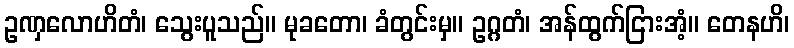
ဥဏှလောဟိတံ၊ သွေးပူသည်။ မုခတော၊ ခံတွင်းမှ။ ဥဂ္ဂတံ၊ အန်ထွက်ငြားအံ့။ တေနဟိ၊